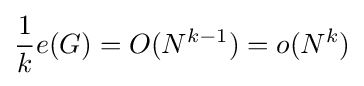
{\frac {1}{k}}e(G)=O(N^{k-1})=o(N^{k})